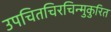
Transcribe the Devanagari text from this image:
उपचितचिरचिन्मुकुरित